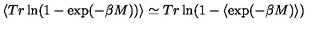
\langle T r \ln ( 1 - \exp ( - \beta M ) ) \rangle \simeq T r \ln ( 1 - \langle \exp ( - \beta M ) \rangle )